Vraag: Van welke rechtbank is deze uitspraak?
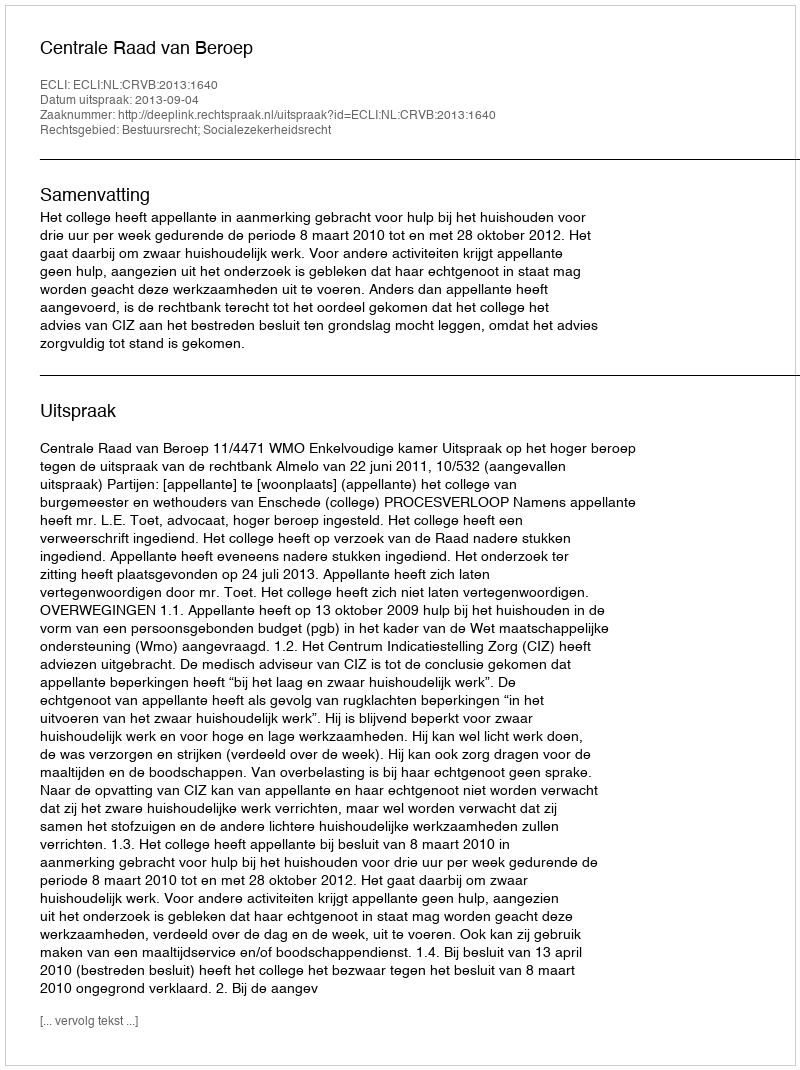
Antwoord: Centrale Raad van Beroep